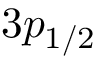
3 p _ { 1 / 2 }